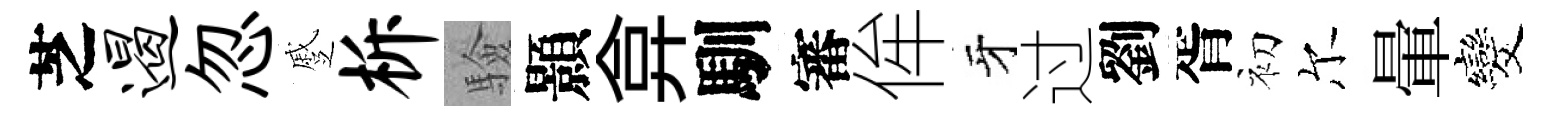
芝遏忽蹙柝驗顥弇馴審侔牙过劉胥初尔暈发